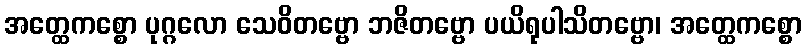
အတ္ထေကစ္စော ပုဂ္ဂလော သေဝိတဗ္ဗော ဘဇိတဗ္ဗော ပယိရုပါသိတဗ္ဗော၊ အတ္ထေကစ္စော